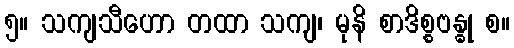
၅။ သကျသီဟော တထာ သကျ၊ မုနိ စာဒိစ္စဗန္ဓု စ။